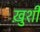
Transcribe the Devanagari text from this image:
खु़शी